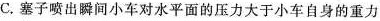
C.塞子喷出瞬间小车对水平面的压力大于小车自身的重力